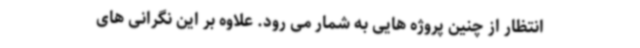
انتظار از چنین پروژه هایی به شمار می رود. علاوه بر این نگرانی های